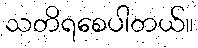
သတိရစေပါတယ်။